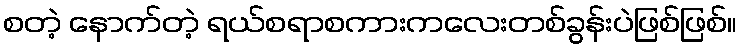
စတဲ့ နောက်တဲ့ ရယ်စရာစကားကလေးတစ်ခွန်းပဲဖြစ်ဖြစ်။